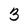
Character: 3